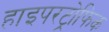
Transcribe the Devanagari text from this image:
हाइपरट्रोफिक